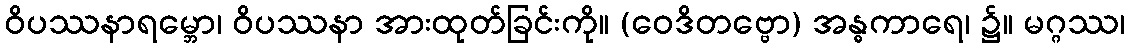
ဝိပဿနာရမ္ဘော၊ ဝိပဿနာ အားထုတ်ခြင်းကို။ (ဝေဒိတဗ္ဗော) အန္ဓကာရေ၊ ၌။ မဂ္ဂဿ၊